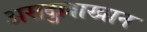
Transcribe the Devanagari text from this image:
असदुल्लाखान